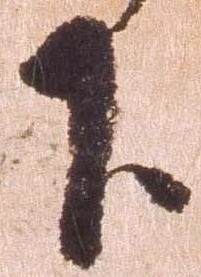
下